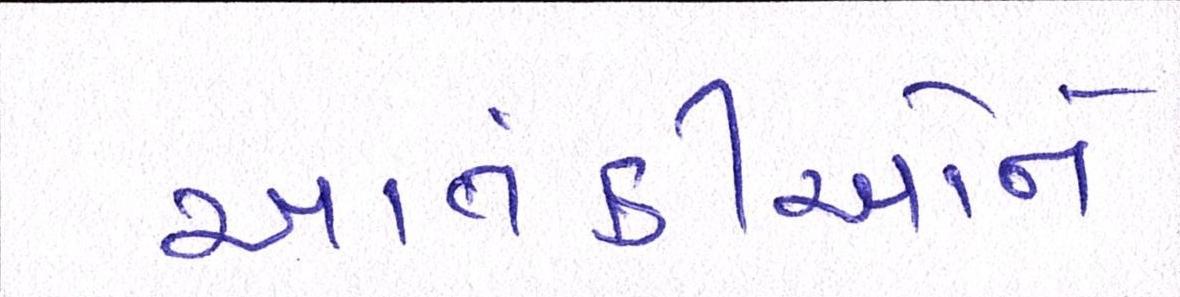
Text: આતંકીઓને